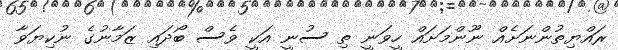
ރައްޔިތުންނަށެއް ނޫންމަށައް ހީވަނީ ތި ސުނީ އަކީ ވެސް ބޯދައި ޒަމާނުގެ ނުކިޔަވާ